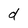
Character: d